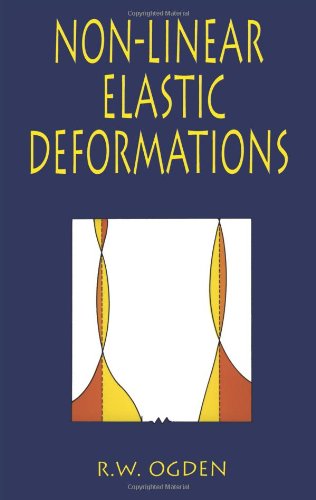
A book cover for Non-Linear Elastic Deformations (Dover Civil and Mechanical Engineering); R. W. Ogden; Science & Math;